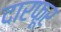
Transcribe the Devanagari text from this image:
दारफूर